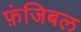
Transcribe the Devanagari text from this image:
फ़ंजिबल